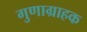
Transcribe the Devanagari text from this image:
गुणाग्राहक